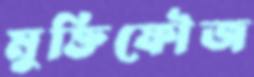
মুক্তিফৌজ